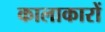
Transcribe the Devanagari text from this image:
कालाकारों